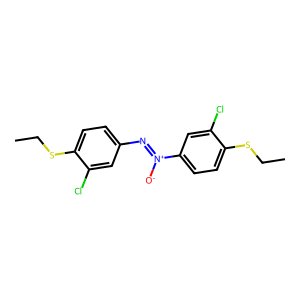
SMILES: CCSc1ccc(N=[N+]([O-])c2ccc(SCC)c(Cl)c2)cc1Cl
Inhibits HIV replication: No